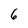
Character: 6